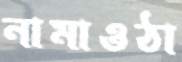
নামাওঠা